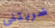
ضربتني